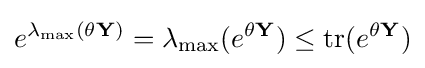
e^{\lambda _{\max }(\theta \mathbf {Y} )}=\lambda _{\max }(e^{\theta \mathbf {Y} })\leq \operatorname {tr} (e^{\theta \mathbf {Y} })